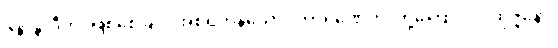
ဇနာနာဒီဟိ၊ ဖြစ်စေခြင်း အစရှိကုန်သော။ ကာရဏေဟိ၊ တို့ကြောင့်။ ပုထုဇ္ဇနော၊